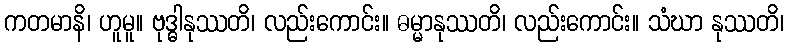
ကတမာနိ၊ ဟူမူ။ ဗုဒ္ဓါနုဿတိ၊ လည်းကောင်း။ ဓမ္မာနုဿတိ၊ လည်းကောင်း။ သံဃာ နုဿတိ၊